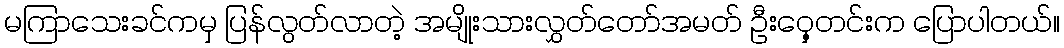
မကြာသေးခင်ကမှ ပြန်လွတ်လာတဲ့ အမျိုးသားလွှတ်တော်အမတ် ဦးဝှေ့တင်းက ပြောပါတယ်။